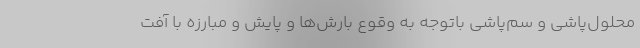
محلول‌پاشی و سم‌پاشی باتوجه به وقوع بارش‌ها و پایش و مبارزه با آفت